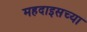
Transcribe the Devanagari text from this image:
महदाइसच्या